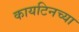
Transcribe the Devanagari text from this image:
कायटिनच्या